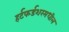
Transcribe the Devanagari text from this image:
हर्टफर्डशरमधील